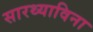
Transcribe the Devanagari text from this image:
सारथ्याविना